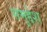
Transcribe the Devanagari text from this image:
समुद्देश